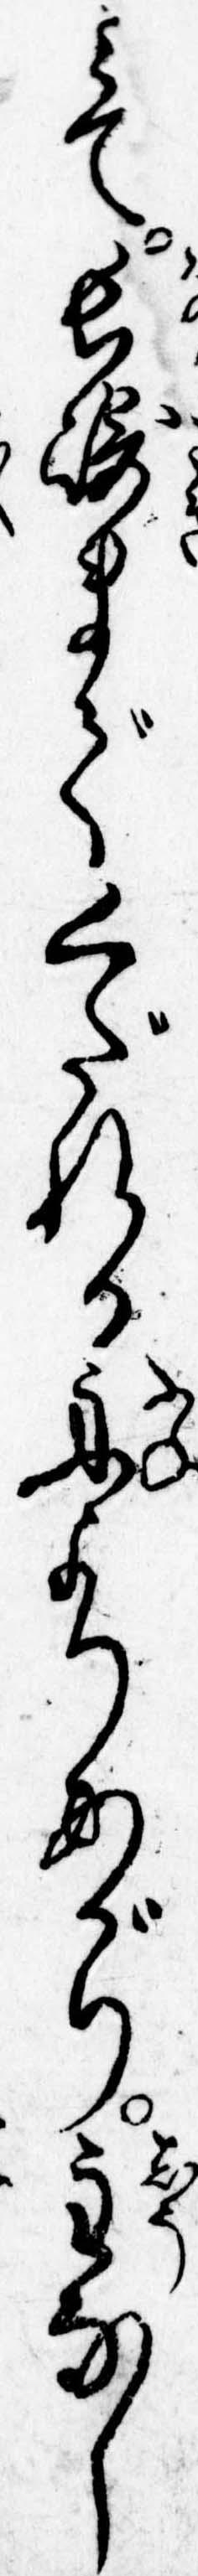
みて長崎までくだれる舟よりあがり主なし